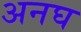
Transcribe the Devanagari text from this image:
अनघ